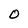
Character: O